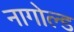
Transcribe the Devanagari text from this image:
नागोल्ड